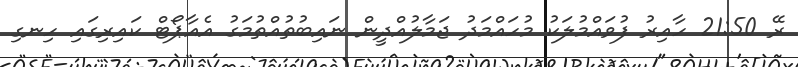
ރޭ 21:50 ހާއިރު ފުވައްމުލަކު މުހައްމަދު ޖަމާލުއްދީން ނައިބުތުއްތުމަގު އެއާޕޯޓް ކައިރިގައި ހިނގި